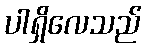
ပါရှိလေသည်